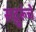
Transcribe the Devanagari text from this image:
सद्गुरूंचे